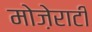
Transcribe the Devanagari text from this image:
मोज़ेराटी